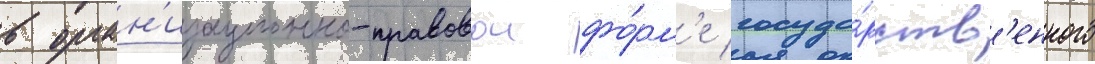
в орган'изационно-правовои фо́рм'е госуда́рств'енного